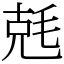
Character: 兞